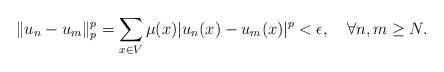
LaTeX: \begin{align*}\|u_n-u_m\|_p^p=\sum_{x\in V}\mu(x)|u_n(x)-u_m(x)|^p<\epsilon,\quad\forall n,m\geq N.\end{align*}